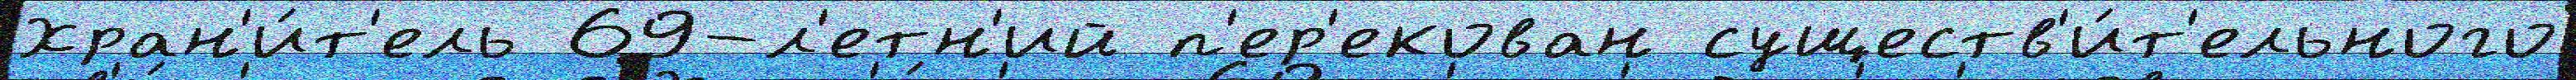
Хран'и́т'ель 69-л'етн'ий п'ер'екован существ'и́т'ельного